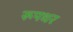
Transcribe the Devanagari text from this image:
रूपधर